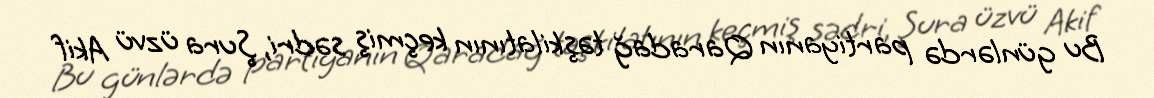
Bu günlərdə partiyanın Qaradağ təşkilatının keçmiş sədri, Şura üzvü Akif